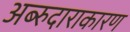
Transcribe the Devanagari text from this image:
अब्‍रुदाराकारण